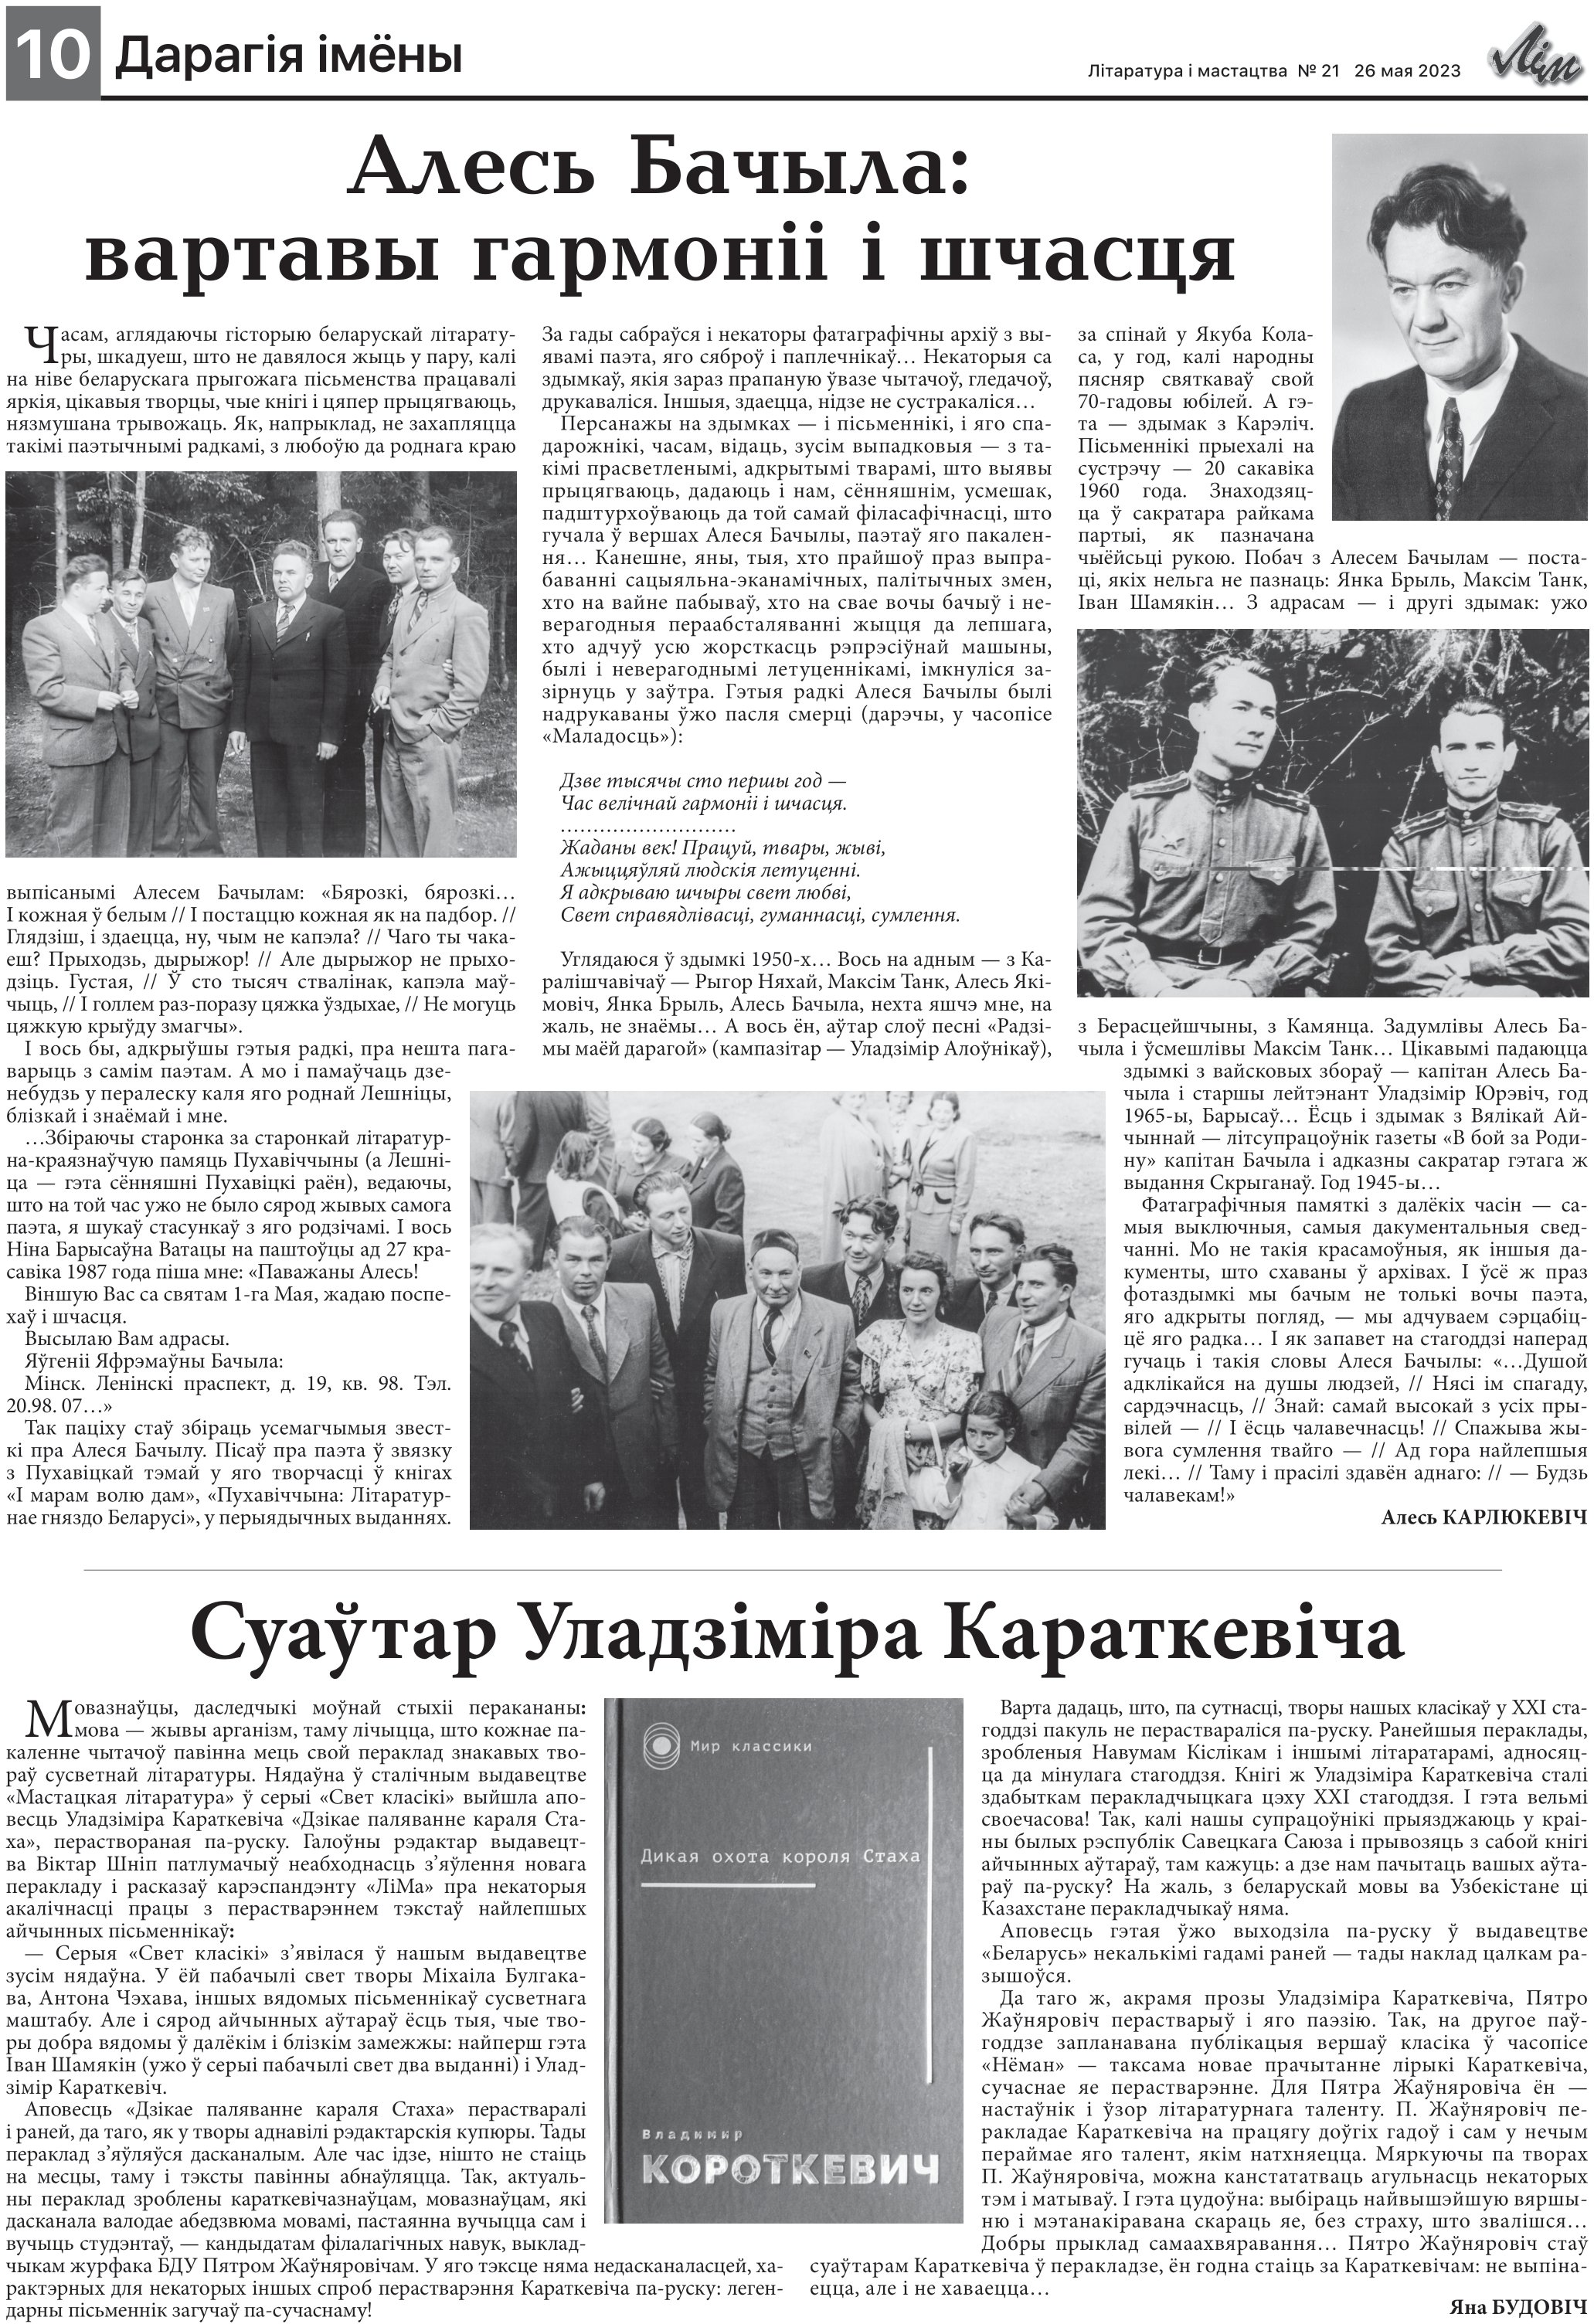
Language: be